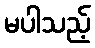
မပါသည့်